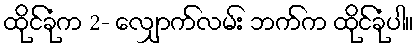
ထိုင်ခုံက 2- လျှောက်လမ်း ဘက်က ထိုင်ခုံပါ။